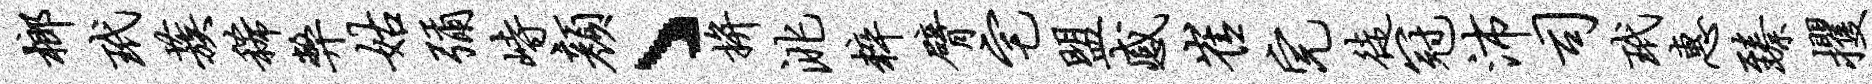
榔玳蔟稀弊姑弥峙颜丶拚洮粹臂宅盟感崔完徒冠沛司玳惠臻攫